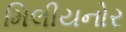
મિલીયનોર